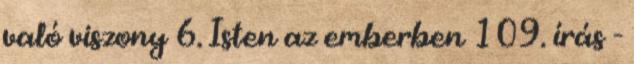
való viszony 6. Isten az emberben 109. írás -